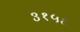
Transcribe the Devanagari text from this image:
३१५६